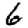
Digit: 6